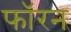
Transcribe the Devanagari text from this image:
फॉरन